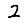
Digit: 2